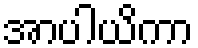
အာပါယိကာ